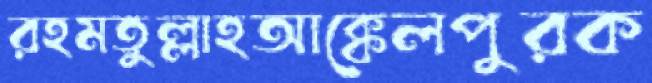
রহমতুল্লাহআক্কেলপুরক